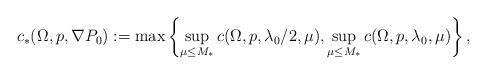
LaTeX: \begin{align*}c_{\ast}(\Omega, p, \nabla P_{0}):=\max\left\{\sup_{\mu\leq M_{\ast}}c(\Omega, p, \lambda_{0}/2, \mu), \sup_{\mu\leq M_{\ast}}c(\Omega, p, \lambda_{0}, \mu)\right\},\end{align*}